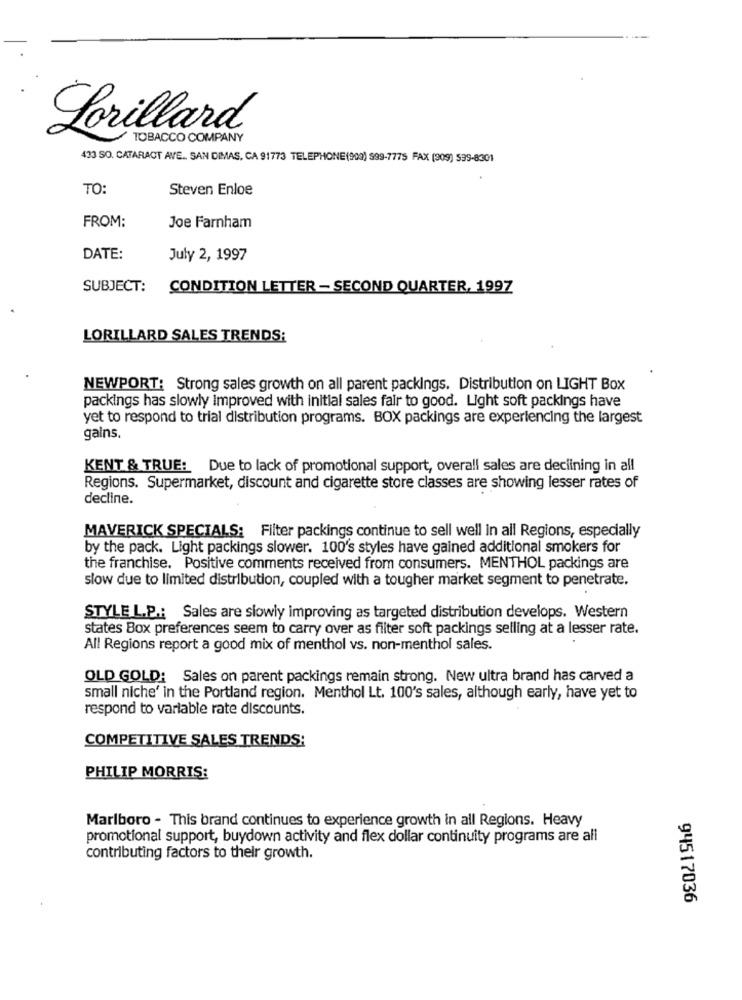
Lorillard
TOBACCO COMPANY
433 SO. CATARACT AVE. SAN DIMAS, CA 91773 TELEPHONE(900) $99-7775 FAX (309) 599-8301
TO:
Steven Enloe
FROM:
Joe Farnham
DATE:
July 2, 1997
SUBJECT: CONDITION LETTER - SECOND QUARTER, 1997
LORILLARD SALES TRENDS:
NEWPORT: Strong sales growth on all parent packings. Distribution on LIGHT Box
packings has slowly improved with initial sales fair to good. Light soft packings have
yet to respond to trial distribution programs. BOX packings are experiencing the largest
gains.
KENT & TRUE: Due to lack of promotional support, overall sales are declining in all
Regions. Supermarket, discount and cigarette store classes are showing lesser rates of
decline.
MAVERICK SPECIALS: Filter packings continue to sell well in all Regions, especially
by the pack. Light packings slower. 100's styles have gained additional smokers for
the franchise. Positive comments received from consumers. MENTHOL packings are
slow due to limited distribution, coupled with a tougher market segment to penetrate.
STYLE L.P .: Sales are slowly improving as targeted distribution develops. Western
states Box preferences seem to carry over as filter soft packings selling at a lesser rate.
All Regions report a good mix of menthol vs. non-menthol sales.
OLD GOLD: Sales on parent packings remain strong. New ultra brand has carved a
small niche' in the Portland region. Menthol Lt. 100's sales, although early, have yet to
respond to variable rate discounts.
COMPETITIVE SALES TRENDS:
PHILIP MORRIS:
Marlboro - This brand continues to experience growth in all Regions. Heavy
promotional support, buydown activity and flex dollar continuity programs are all
contributing factors to their growth.
94517036